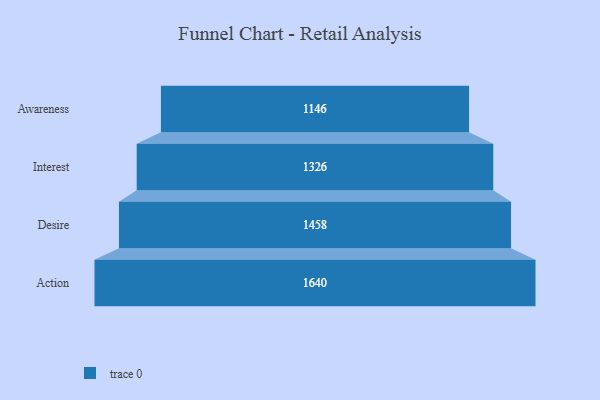
{"axis": {"x": "Stage", "y": "Value"}, "legend": [""], "data": [{"x": "Awareness", "y": 1146.0, "type": ""}, {"x": "Interest", "y": 1326.0, "type": ""}, {"x": "Desire", "y": 1458.0, "type": ""}, {"x": "Action", "y": 1640.0, "type": ""}]}